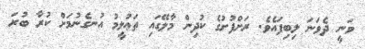
ވަނީ ދެވަނަ ލިބިފައެވެ. ރަށްފުށުގެ ކުދިން މާލޭގައި ތަޢުލީމު އުނގެނުމަށް ކުރާ ބުރަ